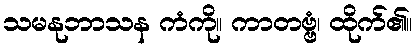
သမနုဘာသန ကံကို။ ကာတဗ္ဗံ၊ ထိုက်၏။